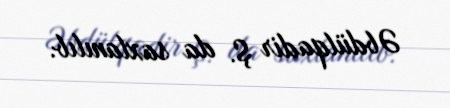
Əbdülqadir Ş. da saxlanılıb.